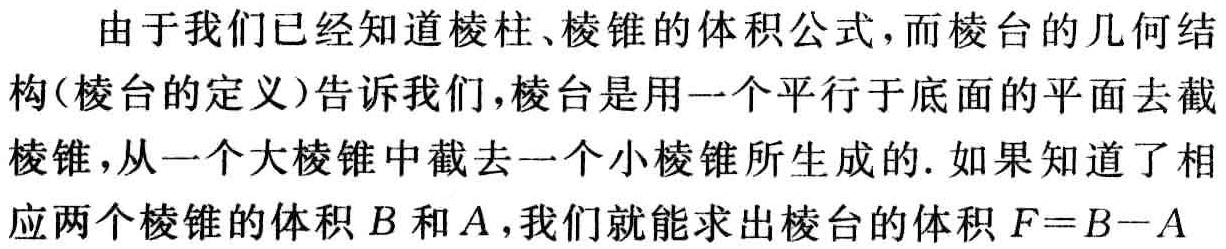
由于我们已经知道棱柱、棱锥的体积公式，而棱台的几何结构(棱台的定义)告诉我们，棱台是用一个平行于底面的平面去截棱锥，从一个大棱锥中截去一个小棱锥所生成的. 如果知道了相应两个棱锥的体积\(B\)和\(A\)，我们就能求出棱台的体积\(F = B - A\)